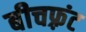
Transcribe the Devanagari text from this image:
बीचफ़्रंट